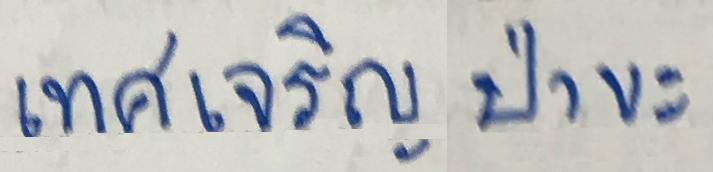
เทศเจริญ ป่าขะ